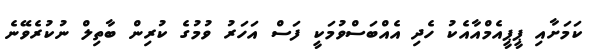
ކަމަށާއި ޕީޕީއެމްއާއެކު ހެދި އެއްބަސްވުމަކީ ފަސް އަހަރު ވުމުގެ ކުރިން ބާތިލް ނުކުރެވޭނެ